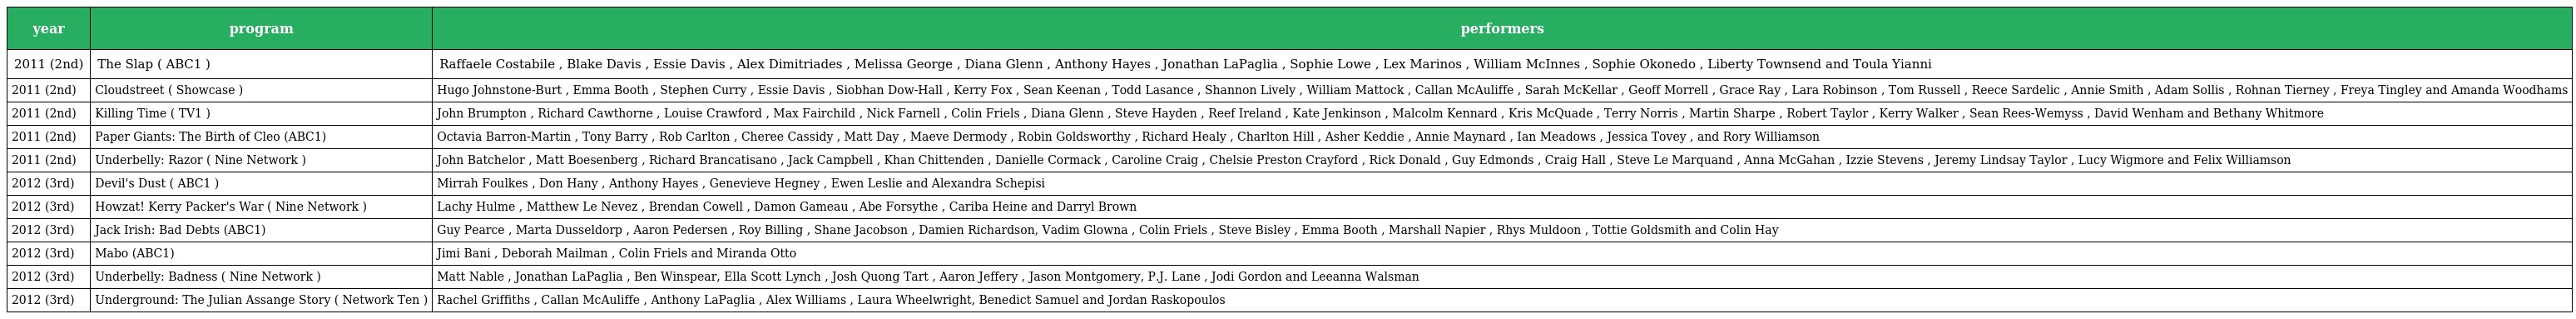
| year | program | performers |
 | --- | --- | --- |
 | 2011 (2nd) | The Slap ( ABC1 ) | Raffaele Costabile , Blake Davis , Essie Davis , Alex Dimitriades , Melissa George , Diana Glenn , Anthony Hayes , Jonathan LaPaglia , Sophie Lowe , Lex Marinos , William McInnes , Sophie Okonedo , Liberty Townsend and Toula Yianni |
 | 2011 (2nd) | Cloudstreet ( Showcase ) | Hugo Johnstone-Burt , Emma Booth , Stephen Curry , Essie Davis , Siobhan Dow-Hall , Kerry Fox , Sean Keenan , Todd Lasance , Shannon Lively , William Mattock , Callan McAuliffe , Sarah McKellar , Geoff Morrell , Grace Ray , Lara Robinson , Tom Russell , Reece Sardelic , Annie Smith , Adam Sollis , Rohnan Tierney , Freya Tingley and Amanda Woodhams |
 | 2011 (2nd) | Killing Time ( TV1 ) | John Brumpton , Richard Cawthorne , Louise Crawford , Max Fairchild , Nick Farnell , Colin Friels , Diana Glenn , Steve Hayden , Reef Ireland , Kate Jenkinson , Malcolm Kennard , Kris McQuade , Terry Norris , Martin Sharpe , Robert Taylor , Kerry Walker , Sean Rees-Wemyss , David Wenham and Bethany Whitmore |
 | 2011 (2nd) | Paper Giants: The Birth of Cleo (ABC1) | Octavia Barron-Martin , Tony Barry , Rob Carlton , Cheree Cassidy , Matt Day , Maeve Dermody , Robin Goldsworthy , Richard Healy , Charlton Hill , Asher Keddie , Annie Maynard , Ian Meadows , Jessica Tovey , and Rory Williamson |
 | 2011 (2nd) | Underbelly: Razor ( Nine Network ) | John Batchelor , Matt Boesenberg , Richard Brancatisano , Jack Campbell , Khan Chittenden , Danielle Cormack , Caroline Craig , Chelsie Preston Crayford , Rick Donald , Guy Edmonds , Craig Hall , Steve Le Marquand , Anna McGahan , Izzie Stevens , Jeremy Lindsay Taylor , Lucy Wigmore and Felix Williamson |
 | 2012 (3rd) | Devil's Dust ( ABC1 ) | Mirrah Foulkes , Don Hany , Anthony Hayes , Genevieve Hegney , Ewen Leslie and Alexandra Schepisi |
 | 2012 (3rd) | Howzat! Kerry Packer's War ( Nine Network ) | Lachy Hulme , Matthew Le Nevez , Brendan Cowell , Damon Gameau , Abe Forsythe , Cariba Heine and Darryl Brown |
 | 2012 (3rd) | Jack Irish: Bad Debts (ABC1) | Guy Pearce , Marta Dusseldorp , Aaron Pedersen , Roy Billing , Shane Jacobson , Damien Richardson, Vadim Glowna , Colin Friels , Steve Bisley , Emma Booth , Marshall Napier , Rhys Muldoon , Tottie Goldsmith and Colin Hay |
 | 2012 (3rd) | Mabo (ABC1) | Jimi Bani , Deborah Mailman , Colin Friels and Miranda Otto |
 | 2012 (3rd) | Underbelly: Badness ( Nine Network ) | Matt Nable , Jonathan LaPaglia , Ben Winspear, Ella Scott Lynch , Josh Quong Tart , Aaron Jeffery , Jason Montgomery, P.J. Lane , Jodi Gordon and Leeanna Walsman |
 | 2012 (3rd) | Underground: The Julian Assange Story ( Network Ten ) | Rachel Griffiths , Callan McAuliffe , Anthony LaPaglia , Alex Williams , Laura Wheelwright, Benedict Samuel and Jordan Raskopoulos |